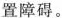
置障碍。